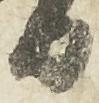
日